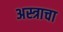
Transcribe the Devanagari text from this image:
अस्त्राचा